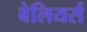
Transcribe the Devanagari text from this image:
बेलियर्स